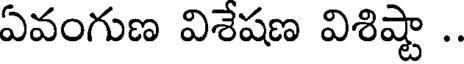
ఏవంగుణ విశేషణ విశిష్టా .